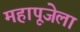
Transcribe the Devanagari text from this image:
महापूजेला